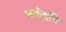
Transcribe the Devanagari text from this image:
धर्महानि